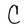
Character: C